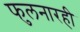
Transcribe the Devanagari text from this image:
फुलनारही